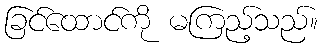
ခြင်ထောင်ကို မကြည့်သည်။